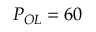
P _ { O L } = 6 0 ~ \